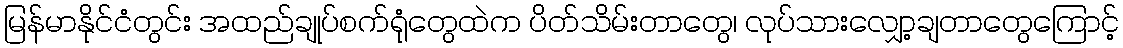
မြန်မာနိုင်ငံတွင်း အထည်ချုပ်စက်ရုံတွေထဲက ပိတ်သိမ်းတာတွေ၊ လုပ်သားလျှော့ချတာတွေကြောင့်